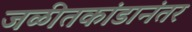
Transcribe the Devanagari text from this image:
जळीतकांडानंतर